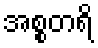
အစ္စတရိ